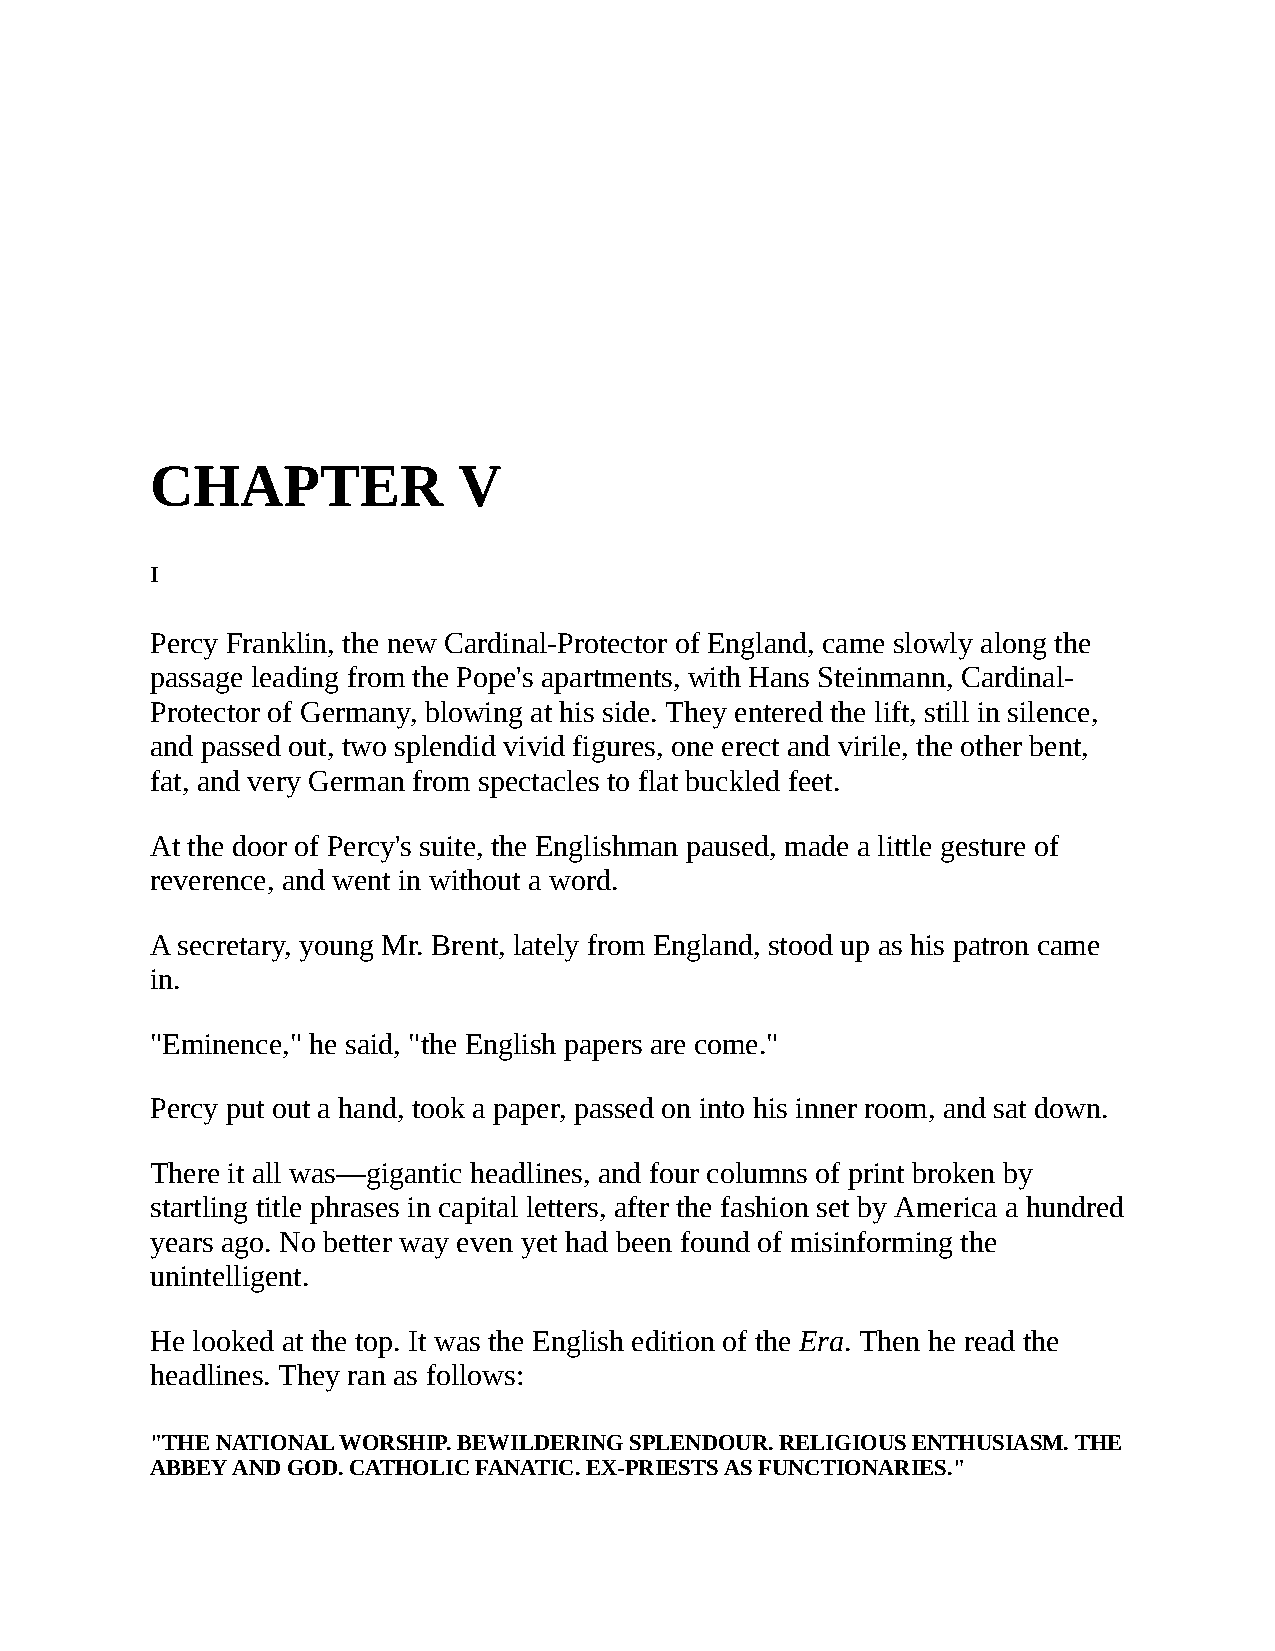
CHAPTER             V
 I
 Percy Franklin, the new Cardinal-Protector of England, came slowly along the
 passage leading from the Pope's apartments, with Hans Steinmann, Cardinal-
 Protector of Germany, blowing at his side. They entered the lift, still in silence,
 and passed out, two splendid vivid figures, one erect and virile, the other bent,
 fat, and very German from spectacles to flat buckled feet.
 At the door of Percy's suite, the Englishman paused, made a little gesture of
 reverence, and went in without a word.
 A secretary, young Mr. Brent, lately from England, stood up as his patron came
 in.
 "Eminence," he said, "the English papers are come."
 Percy put out a hand, took a paper, passed on into his inner room, and sat down.
 There it all was—gigantic headlines, and four columns of print broken by
 startling title phrases in capital letters, after the fashion set by America a hundred
 years ago. No better way even yet had been found of misinforming the
 unintelligent.
 He looked at the top. It was the English edition of the Era. Then he read the
 headlines. They ran as follows:
 "THE NATIONAL WORSHIP. BEWILDERING SPLENDOUR. RELIGIOUS ENTHUSIASM. THE
 ABBEY AND GOD. CATHOLIC FANATIC. EX-PRIESTS AS FUNCTIONARIES."